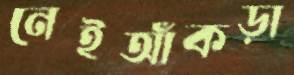
নেইআঁকড়া